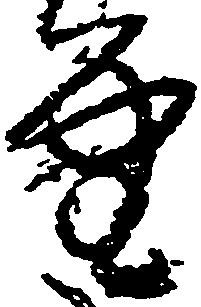
堂